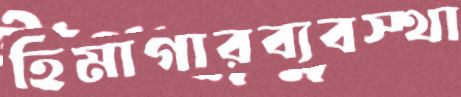
হিমাগারব্যবস্থা